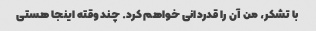
با تشکر، من آن را قدردانی خواهم کرد. چند وقته اینجا هستی